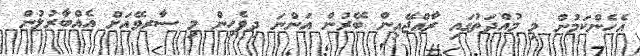
އެހެންކަމުން މި މުއްދަތުގައި ރާއްޖޭއިން ބޭރުން އަންނަ ދިވެހިން މި ސާރވޭއަށް އެއްބާރުލުން